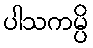
ပါသကမ္ပိ